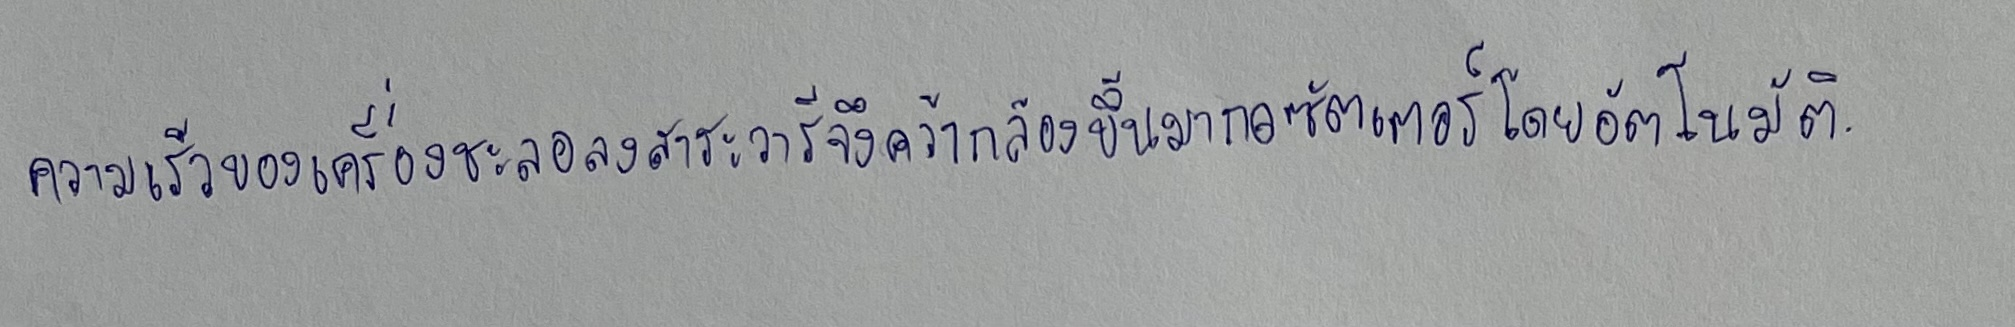
ความเร็วของเครื่องชะลอลงสาระวารีจึงคว้ากล้องขึ้นมากดชัตเตอร์โดยอัตโนมัติ